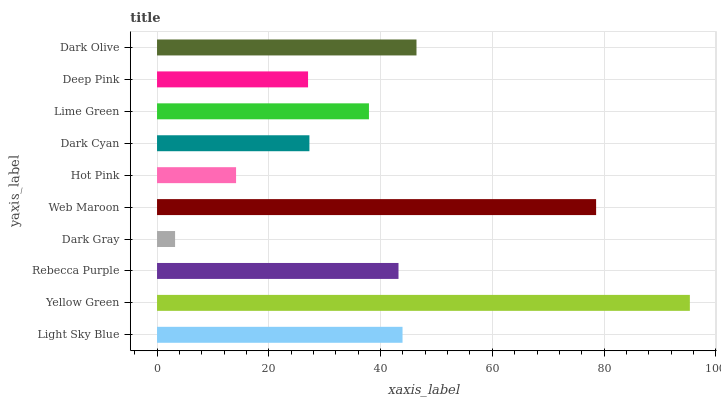
| yaxis_label | bars |
 | --- | --- |
 | Light Sky Blue | 43.9 |
 | Yellow Green | 95.4 |
 | Rebecca Purple | 43.2 |
 | Dark Gray | 3.23 |
 | Web Maroon | 78.6 |
 | Hot Pink | 14.1 |
 | Dark Cyan | 27.3 |
 | Lime Green | 37.9 |
 | Deep Pink | 27 |
 | Dark Olive | 46.4 |